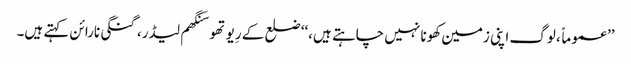
’’عموماً، لوگ اپنی زمین کھونا نہیں چاہتے ہیں،‘‘ ضلع کے رِیوتھو سَنگھم لیڈر، گنگی نارائن کہتے ہیں۔